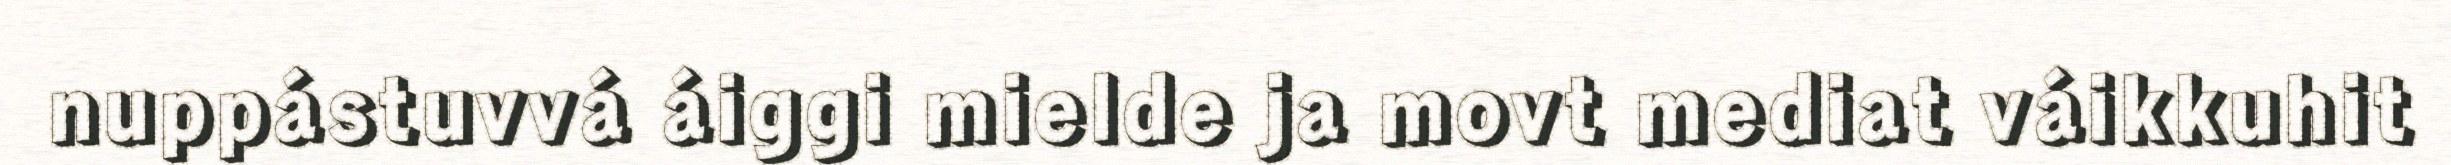
nuppástuvvá áiggi mielde ja movt mediat váikkuhit